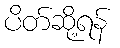
ပိတ်ဆို့ရန်